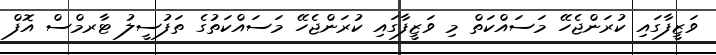
ވަޒީފާގައި ކުރަންޖެހޭ މަސައްކަތް މި ވަޒީފާގައި ކުރަންޖެހޭ މަސައްކަތުގެ ތަފުސީލު ޓާރމްސް އޮފް